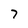
Character: 7